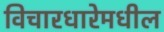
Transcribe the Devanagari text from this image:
विचारधारेमधील